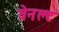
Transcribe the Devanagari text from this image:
वेनल्ट